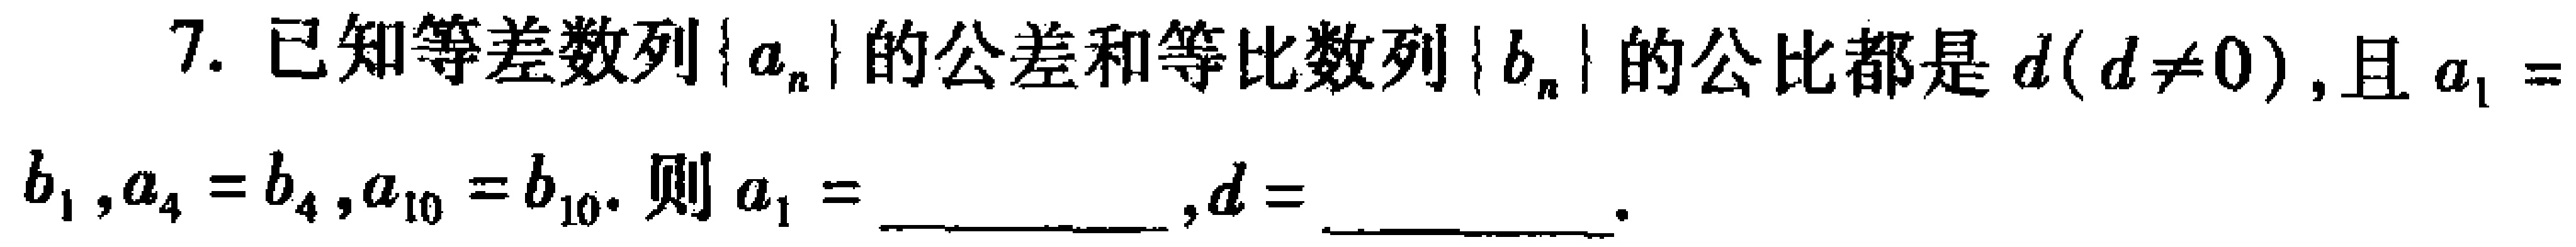
7. 已知等差数列\(\{ a_{n}\}\)的公差和等比数列\(\{ b_{n}\}\)的公比都是\(d(d\neq0)\)，且\(a_{1} = b_{1},a_{4}=b_{4},a_{10}=b_{10}\). 则\(a_{1} =\) ____________ ，\(d =\) ____________ .